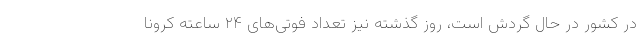
در کشور در حال گردش است، روز گذشته نیز تعداد فوتی‌های ۲۴ ساعته کرونا